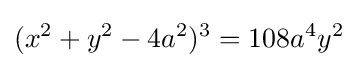
(x^{2}+y^{2}-4a^{2})^{3}=108a^{4}y^{2}